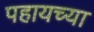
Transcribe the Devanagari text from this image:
पहायच्या